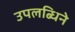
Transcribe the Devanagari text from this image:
उपलब्धिने